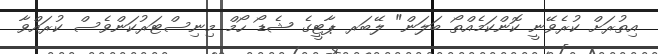
އިތުރަށް ކުރެވޭނީ ކޮންކަމެއްތޯ ބަލަން" ލޭބަރ ޕާޓީގެ ޝެޑޯ ހޯމް މިނިސްޓަރުކަންވެސް ކުރައްވާ